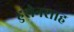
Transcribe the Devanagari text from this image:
हुशेनशाह